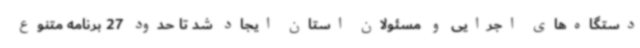
دستگاه‌های اجرایی و مسئولان استان ایجاد شد تا حدود 27 برنامه متنوع